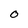
Character: 0